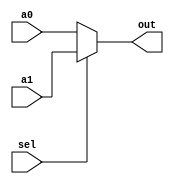
module Mux2to1 #(
    parameter N = 8
)(
    input [N-1:0] a0, a1,
    input sel,
    output [N-1:0] out
);
    assign out = sel ? a1 : a0;
endmodule